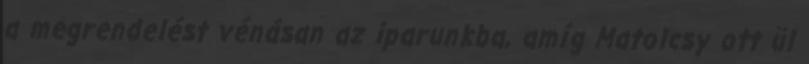
a megrendelést vénásan az iparunkba, amíg Matolcsy ott ül